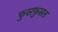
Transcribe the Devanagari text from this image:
फुसफुसत